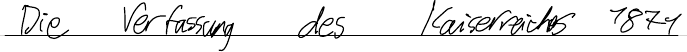
Die Verfassung des Kaiserreichs 1871